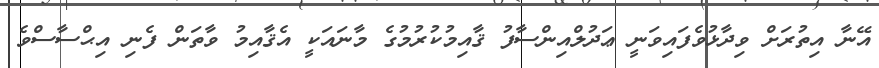
އޭނާ އިތުރަށް ވިދާޅުވެފައިވަނީ ޢަދުލްއިންސާފު ޤާއިމުކުރުމުގެ މާނައަކީ އެޤާއިމު ވާތަން ފެނި އިޙްސާސްވެ